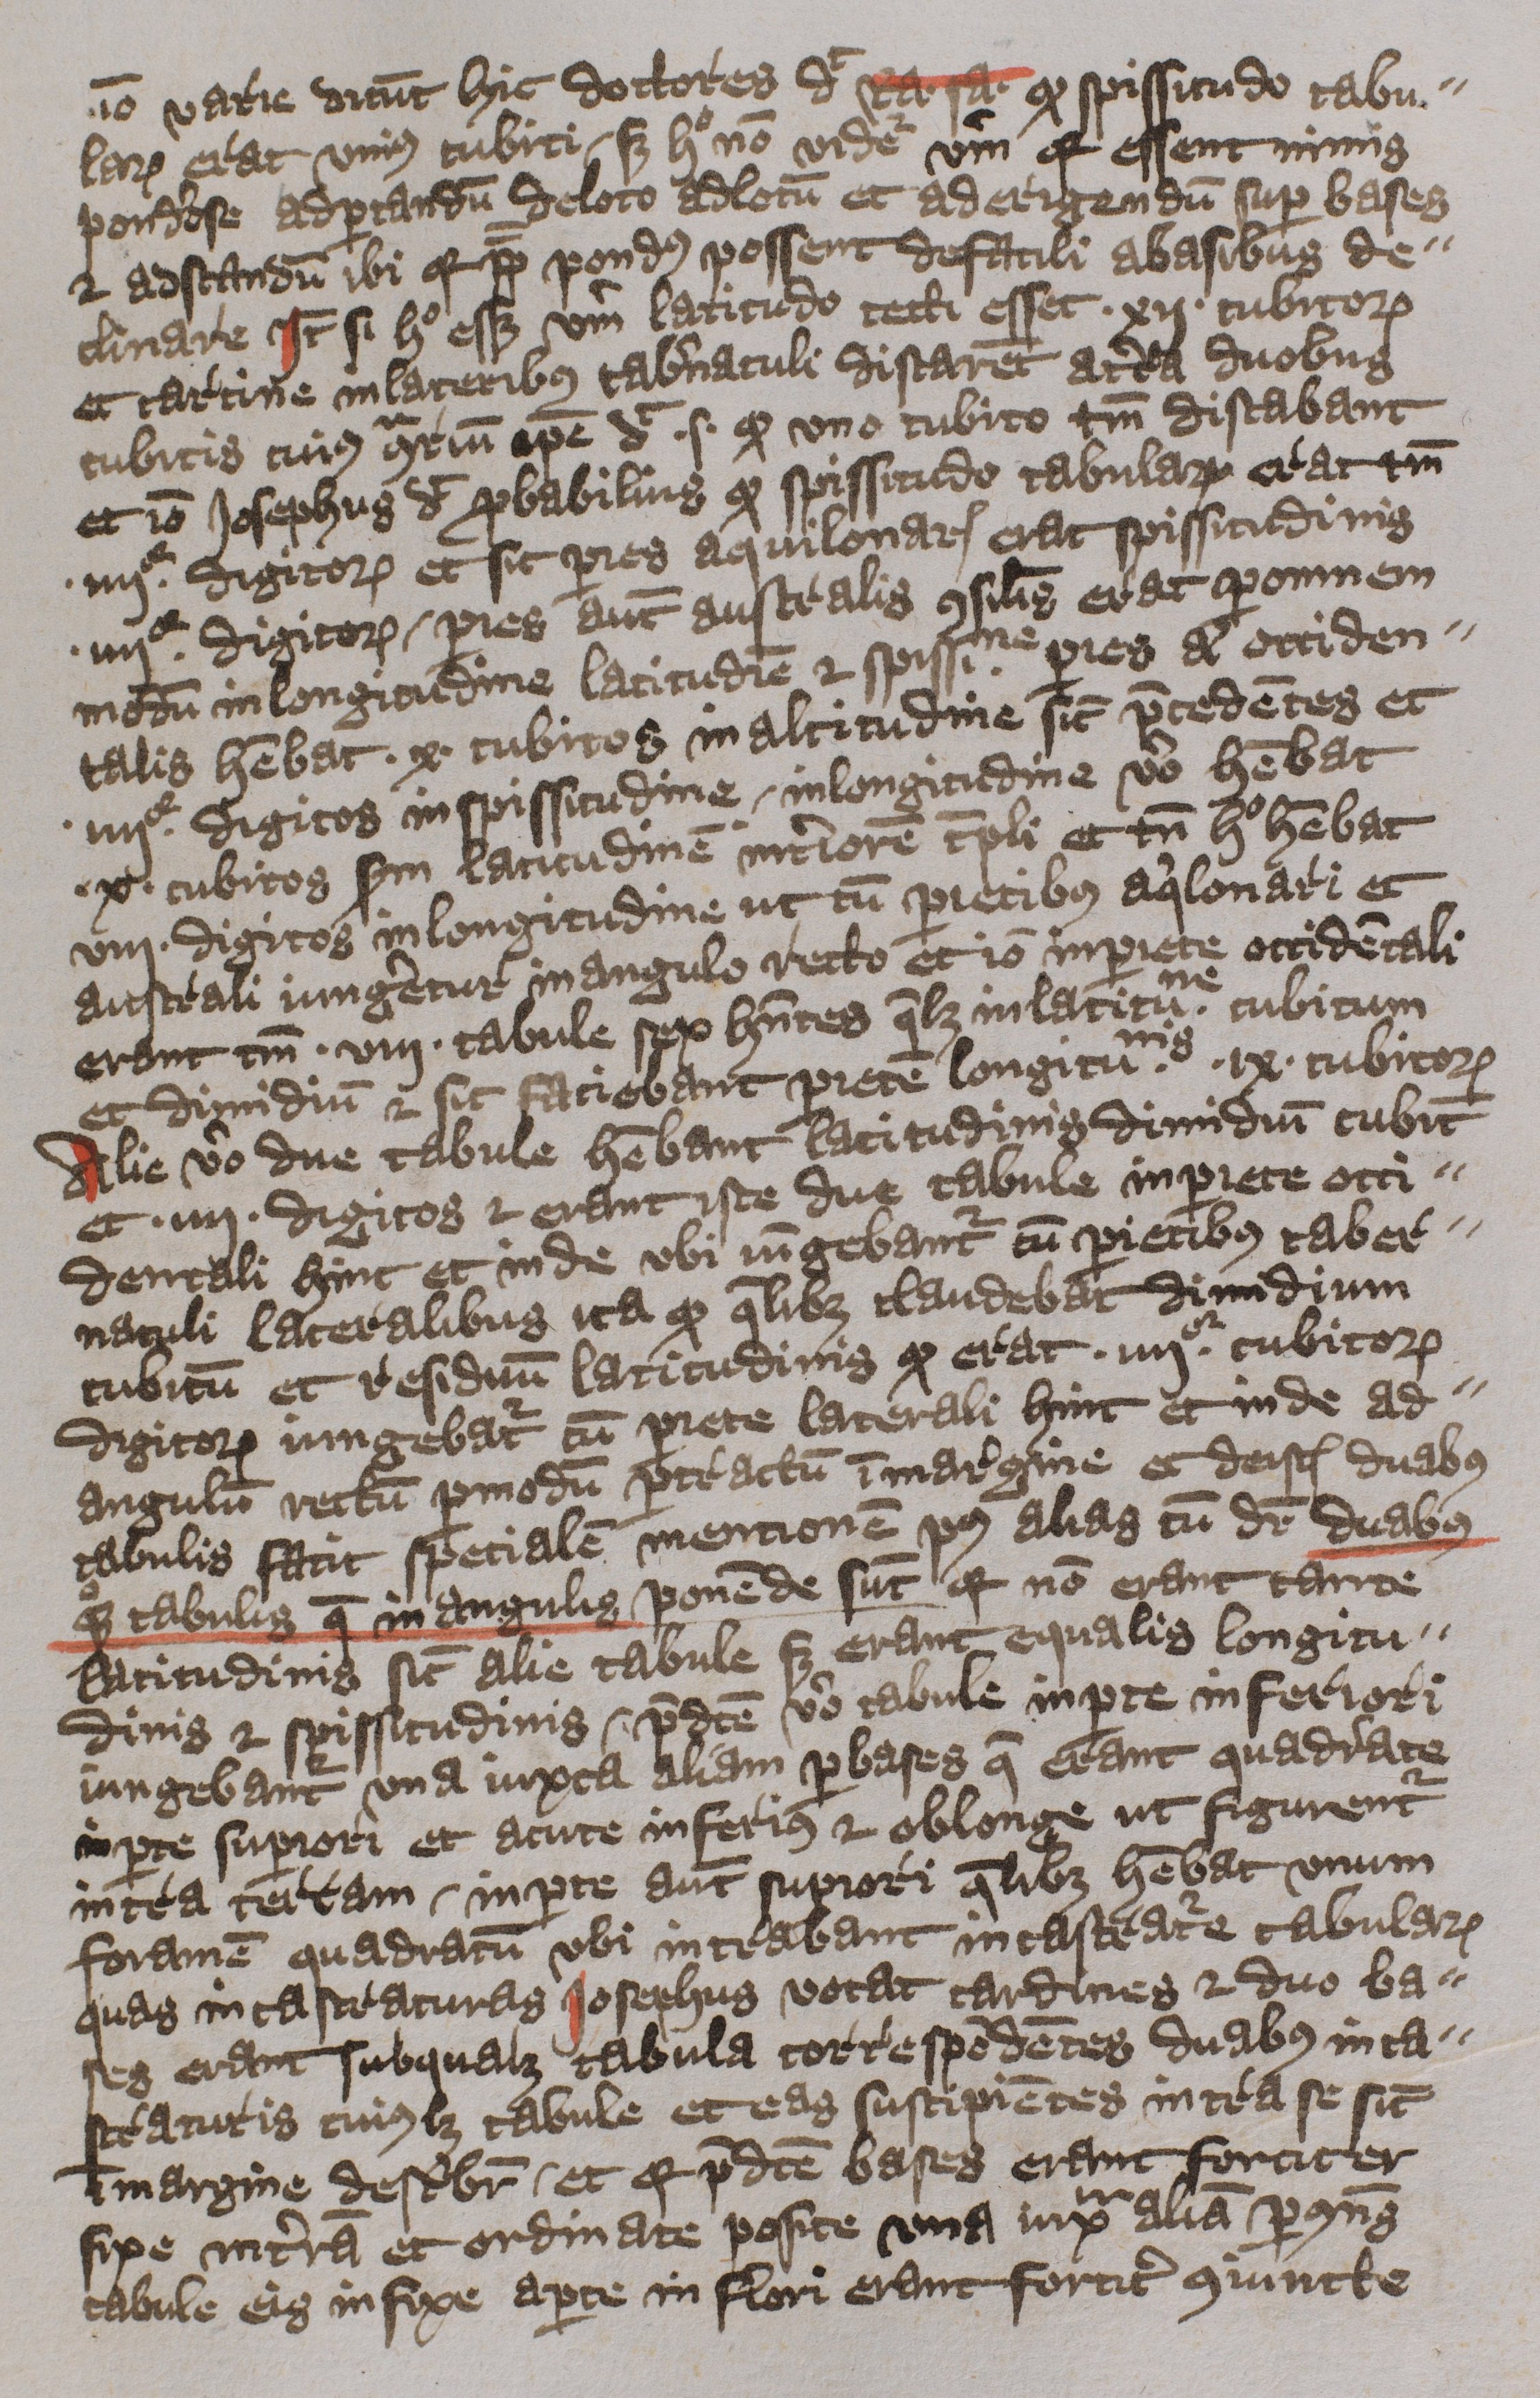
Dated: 1396–1396